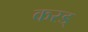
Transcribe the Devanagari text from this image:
करड्